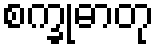
စက္ခုဓာတု